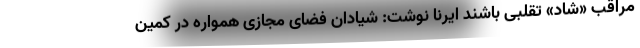
مراقب «شاد» تقلبی باشند ایرنا نوشت: شیادان فضای مجازی همواره در کمین